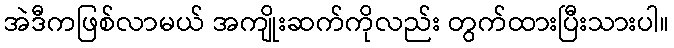
အဲဒီကဖြစ်လာမယ် အကျိုးဆက်ကိုလည်း တွက်ထားပြီးသားပါ။